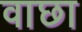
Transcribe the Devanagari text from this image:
वाछा